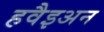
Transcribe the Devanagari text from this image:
हवैइअन